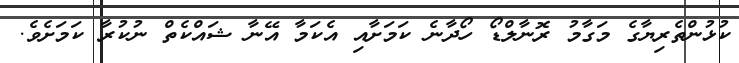
ކުޅުންތެރިޔާގެ މަގާމު ރޮނާލްޑޯ ހޯދާނެ ކަމަށާއި އެކަމާ އޭނާ ޝައްކެތް ނުކުރާ ކަމަށެވެ.